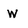
Character: w